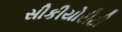
સીકીયોરીટી